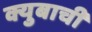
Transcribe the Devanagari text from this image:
क्युबाची